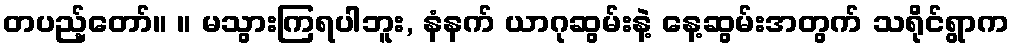
တပည့်တော်။ ။ မသွားကြရပါဘူး, နံနက် ယာဂုဆွမ်းနဲ့ နေ့ဆွမ်းအတွက် သရိုင်ရွာက